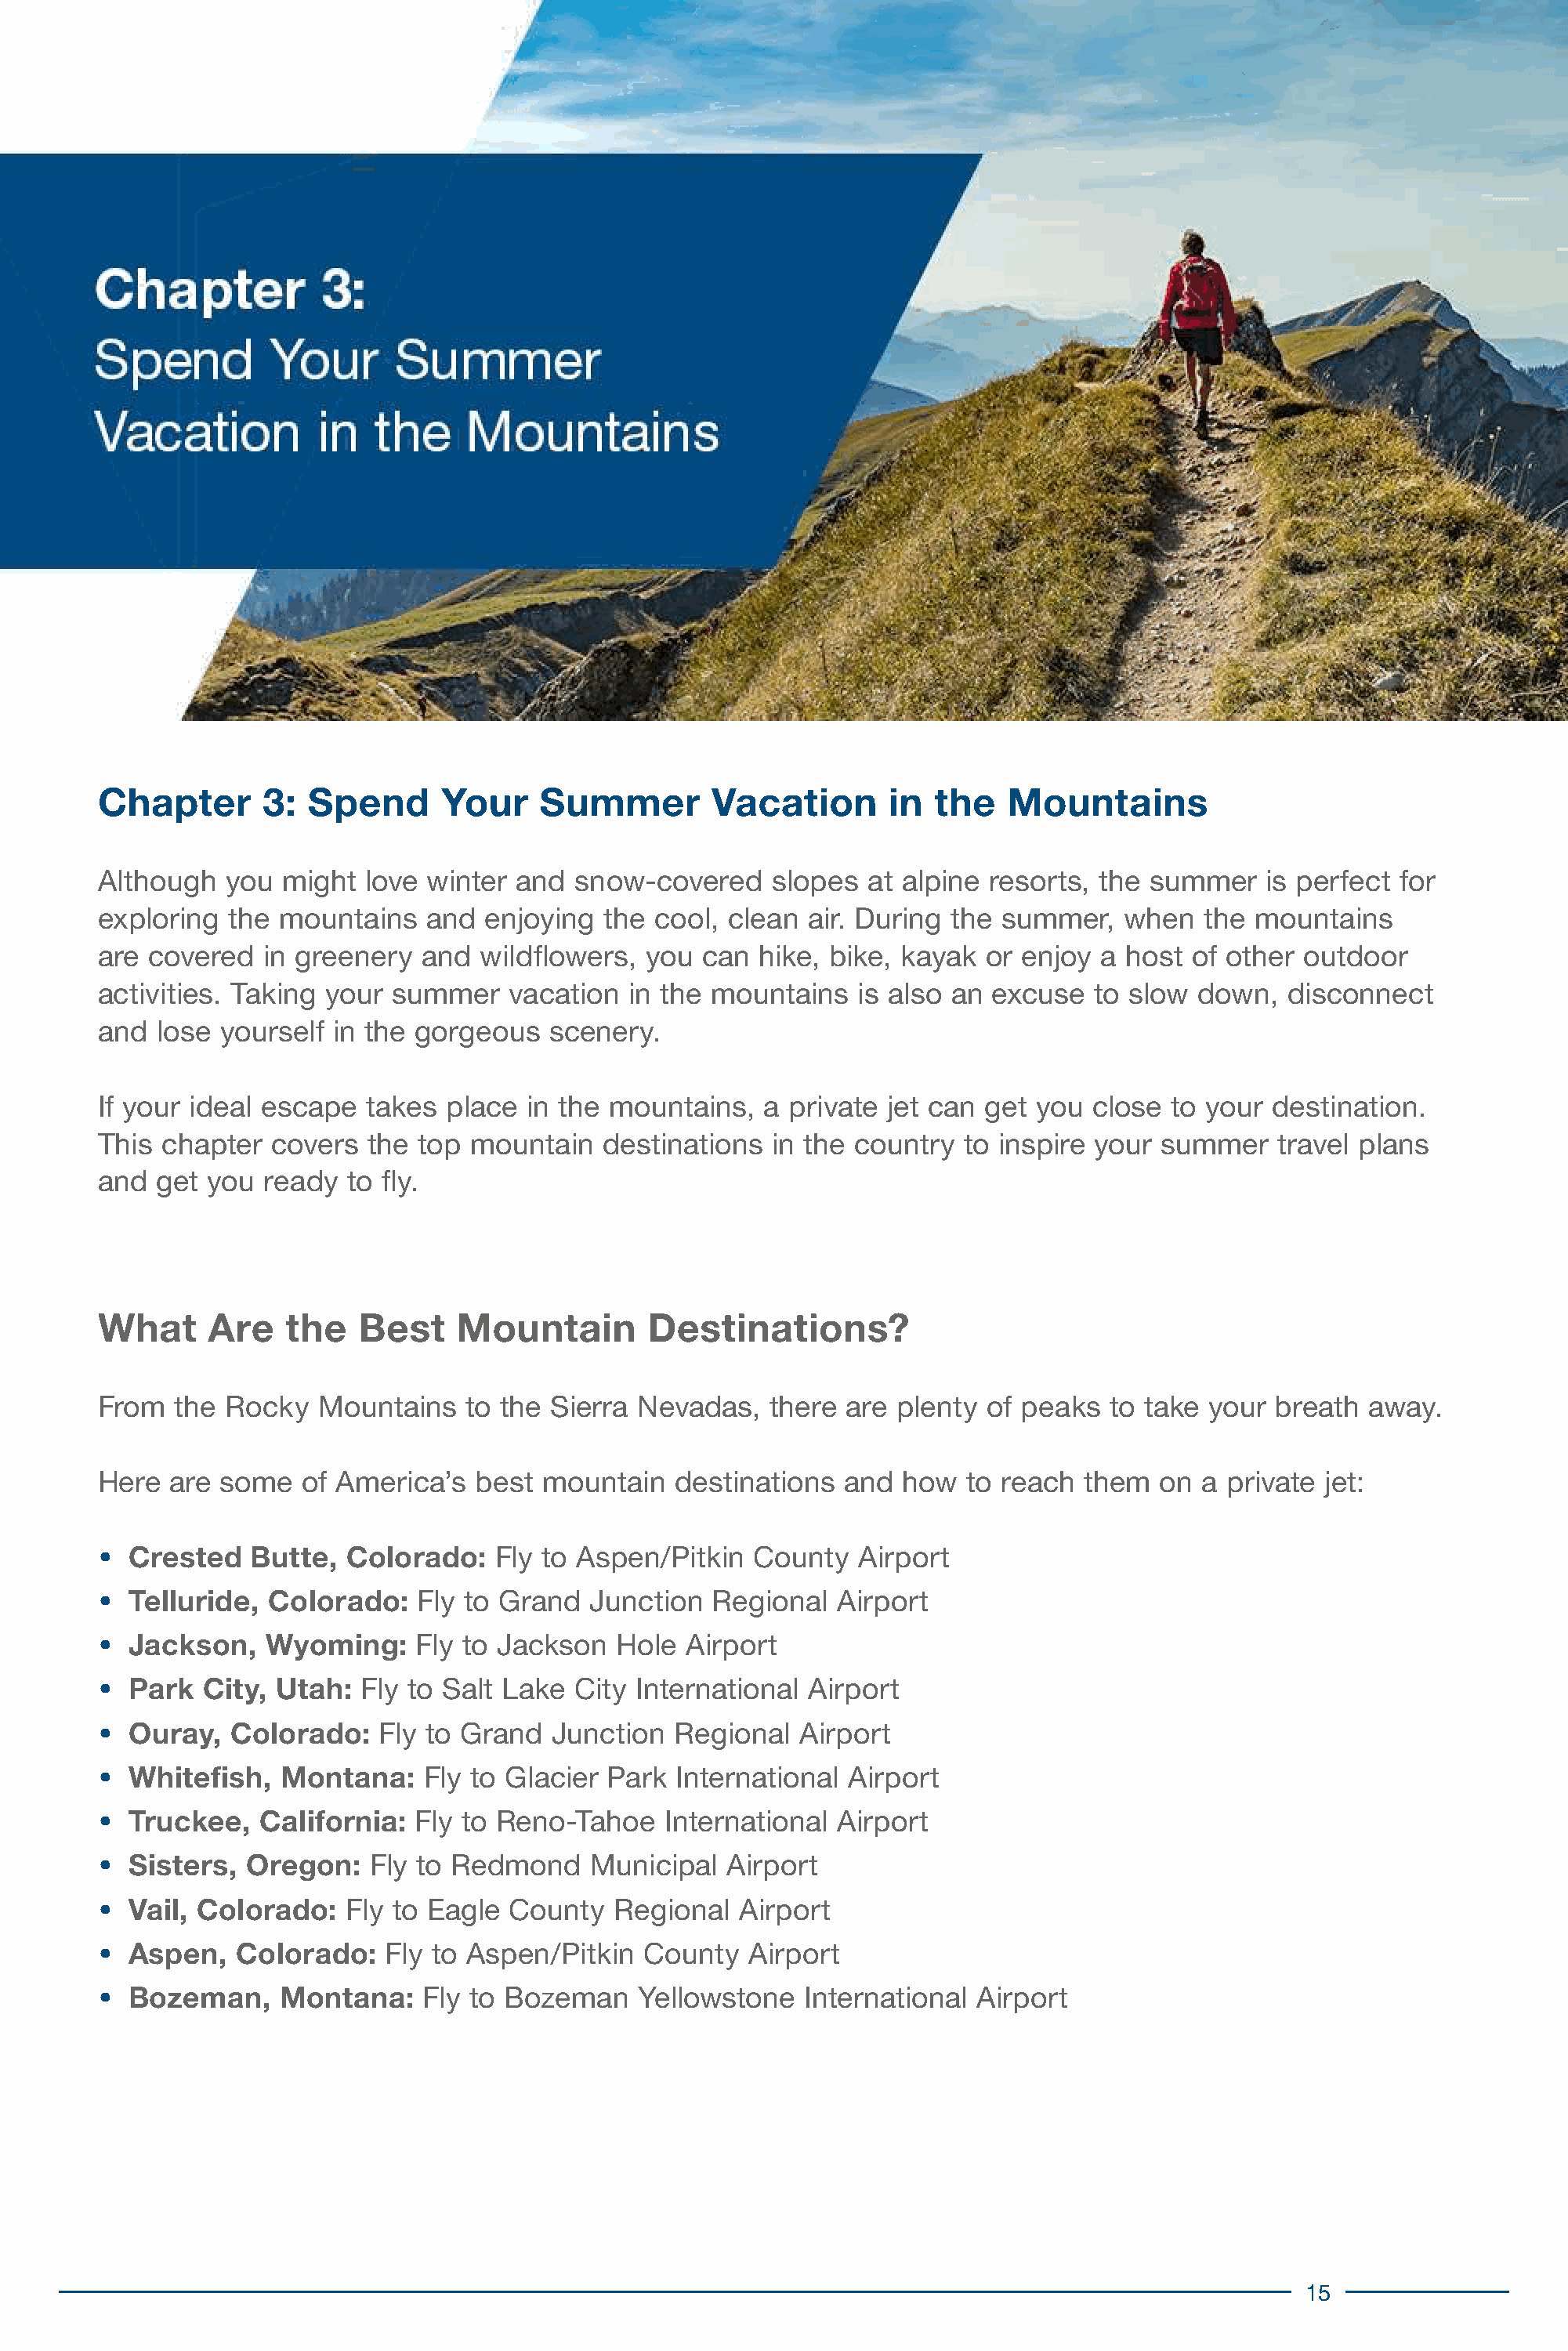
Chapter       3:  Spend      Your     Summer        Vacation       in  the   Mountains
 Although   you  might  love winter  and  snow-covered    slopes  at alpine  resorts, the summer    is perfect for
 exploring  the  mountains   and  enjoying  the cool, clean  air. During the  summer,   when   the mountains
 are  covered  in greenery   and  wildflowers,  you can  hike, bike, kayak  or enjoy  a host  of other outdoor
 activities. Taking  your summer    vacation  in the mountains   is also an  excuse  to slow  down,   disconnect
 and  lose  yourself in the gorgeous   scenery.
 If your ideal escape   takes  place  in the mountains,   a private jet can get you  close  to your destination.
 This  chapter  covers  the top  mountain   destinations  in the country  to inspire your  summer    travel plans
 and  get  you ready  to fly.
 What      Are   the   Best     Mountain        Destinations?
 From   the Rocky   Mountains   to the Sierra  Nevadas,   there are  plenty of peaks   to take your  breath  away.
 Here  are  some   of America’s  best  mountain   destinations  and  how   to reach  them  on  a private jet:
 •  Crested   Butte,  Colorado:    Fly to Aspen/Pitkin   County  Airport
 •  Telluride,  Colorado:   Fly to Grand   Junction  Regional   Airport
 •  Jackson,   Wyoming:     Fly to Jackson   Hole  Airport
 •  Park  City, Utah:  Fly to Salt Lake   City International Airport
 •  Ouray,  Colorado:    Fly to Grand   Junction  Regional   Airport
 •  Whitefish,   Montana:    Fly to Glacier Park  International  Airport
 •  Truckee,   California:  Fly to Reno-Tahoe    International  Airport
 •  Sisters,  Oregon:   Fly to Redmond     Municipal  Airport
 •  Vail, Colorado:   Fly to Eagle  County   Regional  Airport
 •  Aspen,   Colorado:    Fly to Aspen/Pitkin  County   Airport
 •  Bozeman,     Montana:    Fly to Bozeman    Yellowstone   International Airport
 15